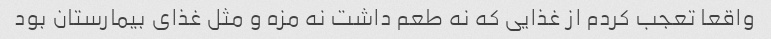
واقعا تعجب کردم از غذایی که نه طعم داشت نه مزه و مثل غذای بیمارستان بود